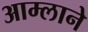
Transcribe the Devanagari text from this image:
आम्लाने